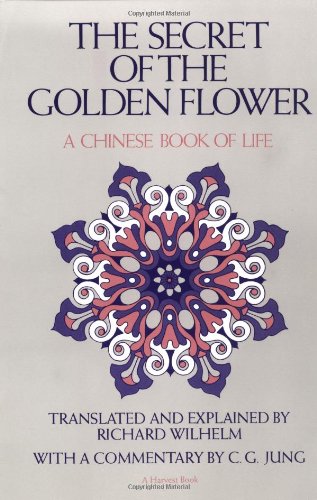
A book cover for The Secret of the Golden Flower: A Chinese Book of Life; Science & Math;